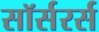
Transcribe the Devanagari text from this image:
सॉर्सरर्स